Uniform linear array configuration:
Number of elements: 24
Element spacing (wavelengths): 0.75
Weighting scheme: hann
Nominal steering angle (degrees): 15
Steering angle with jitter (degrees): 14.018
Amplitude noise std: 0.05
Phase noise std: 0.05

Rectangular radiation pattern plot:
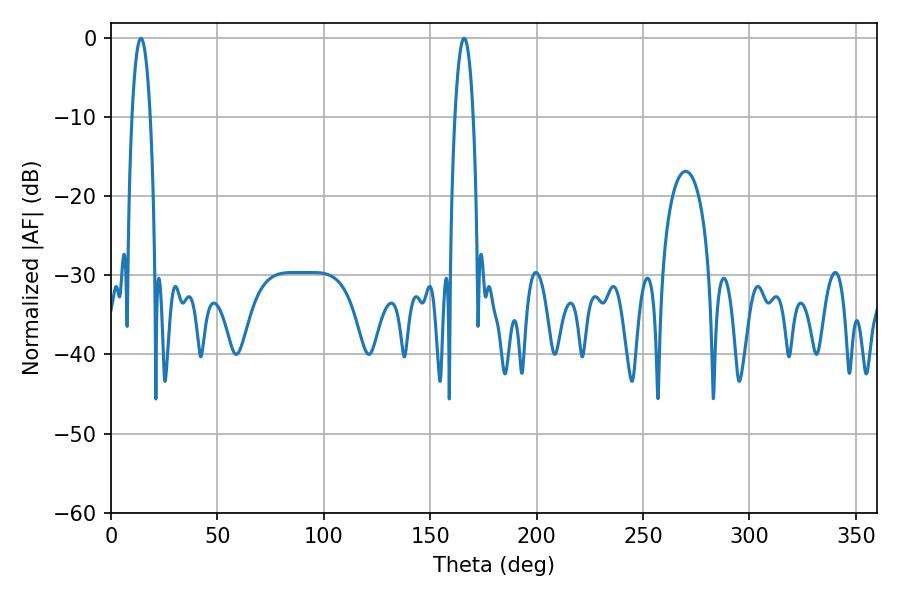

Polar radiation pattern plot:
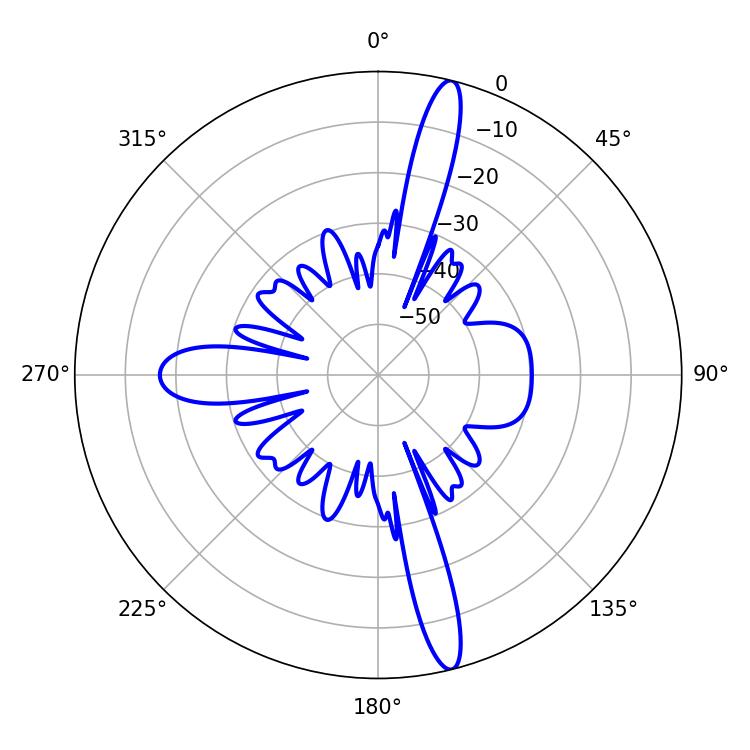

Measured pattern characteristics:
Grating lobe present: TRUE
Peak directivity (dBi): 17.018
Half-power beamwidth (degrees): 4.68
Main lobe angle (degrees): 14.04